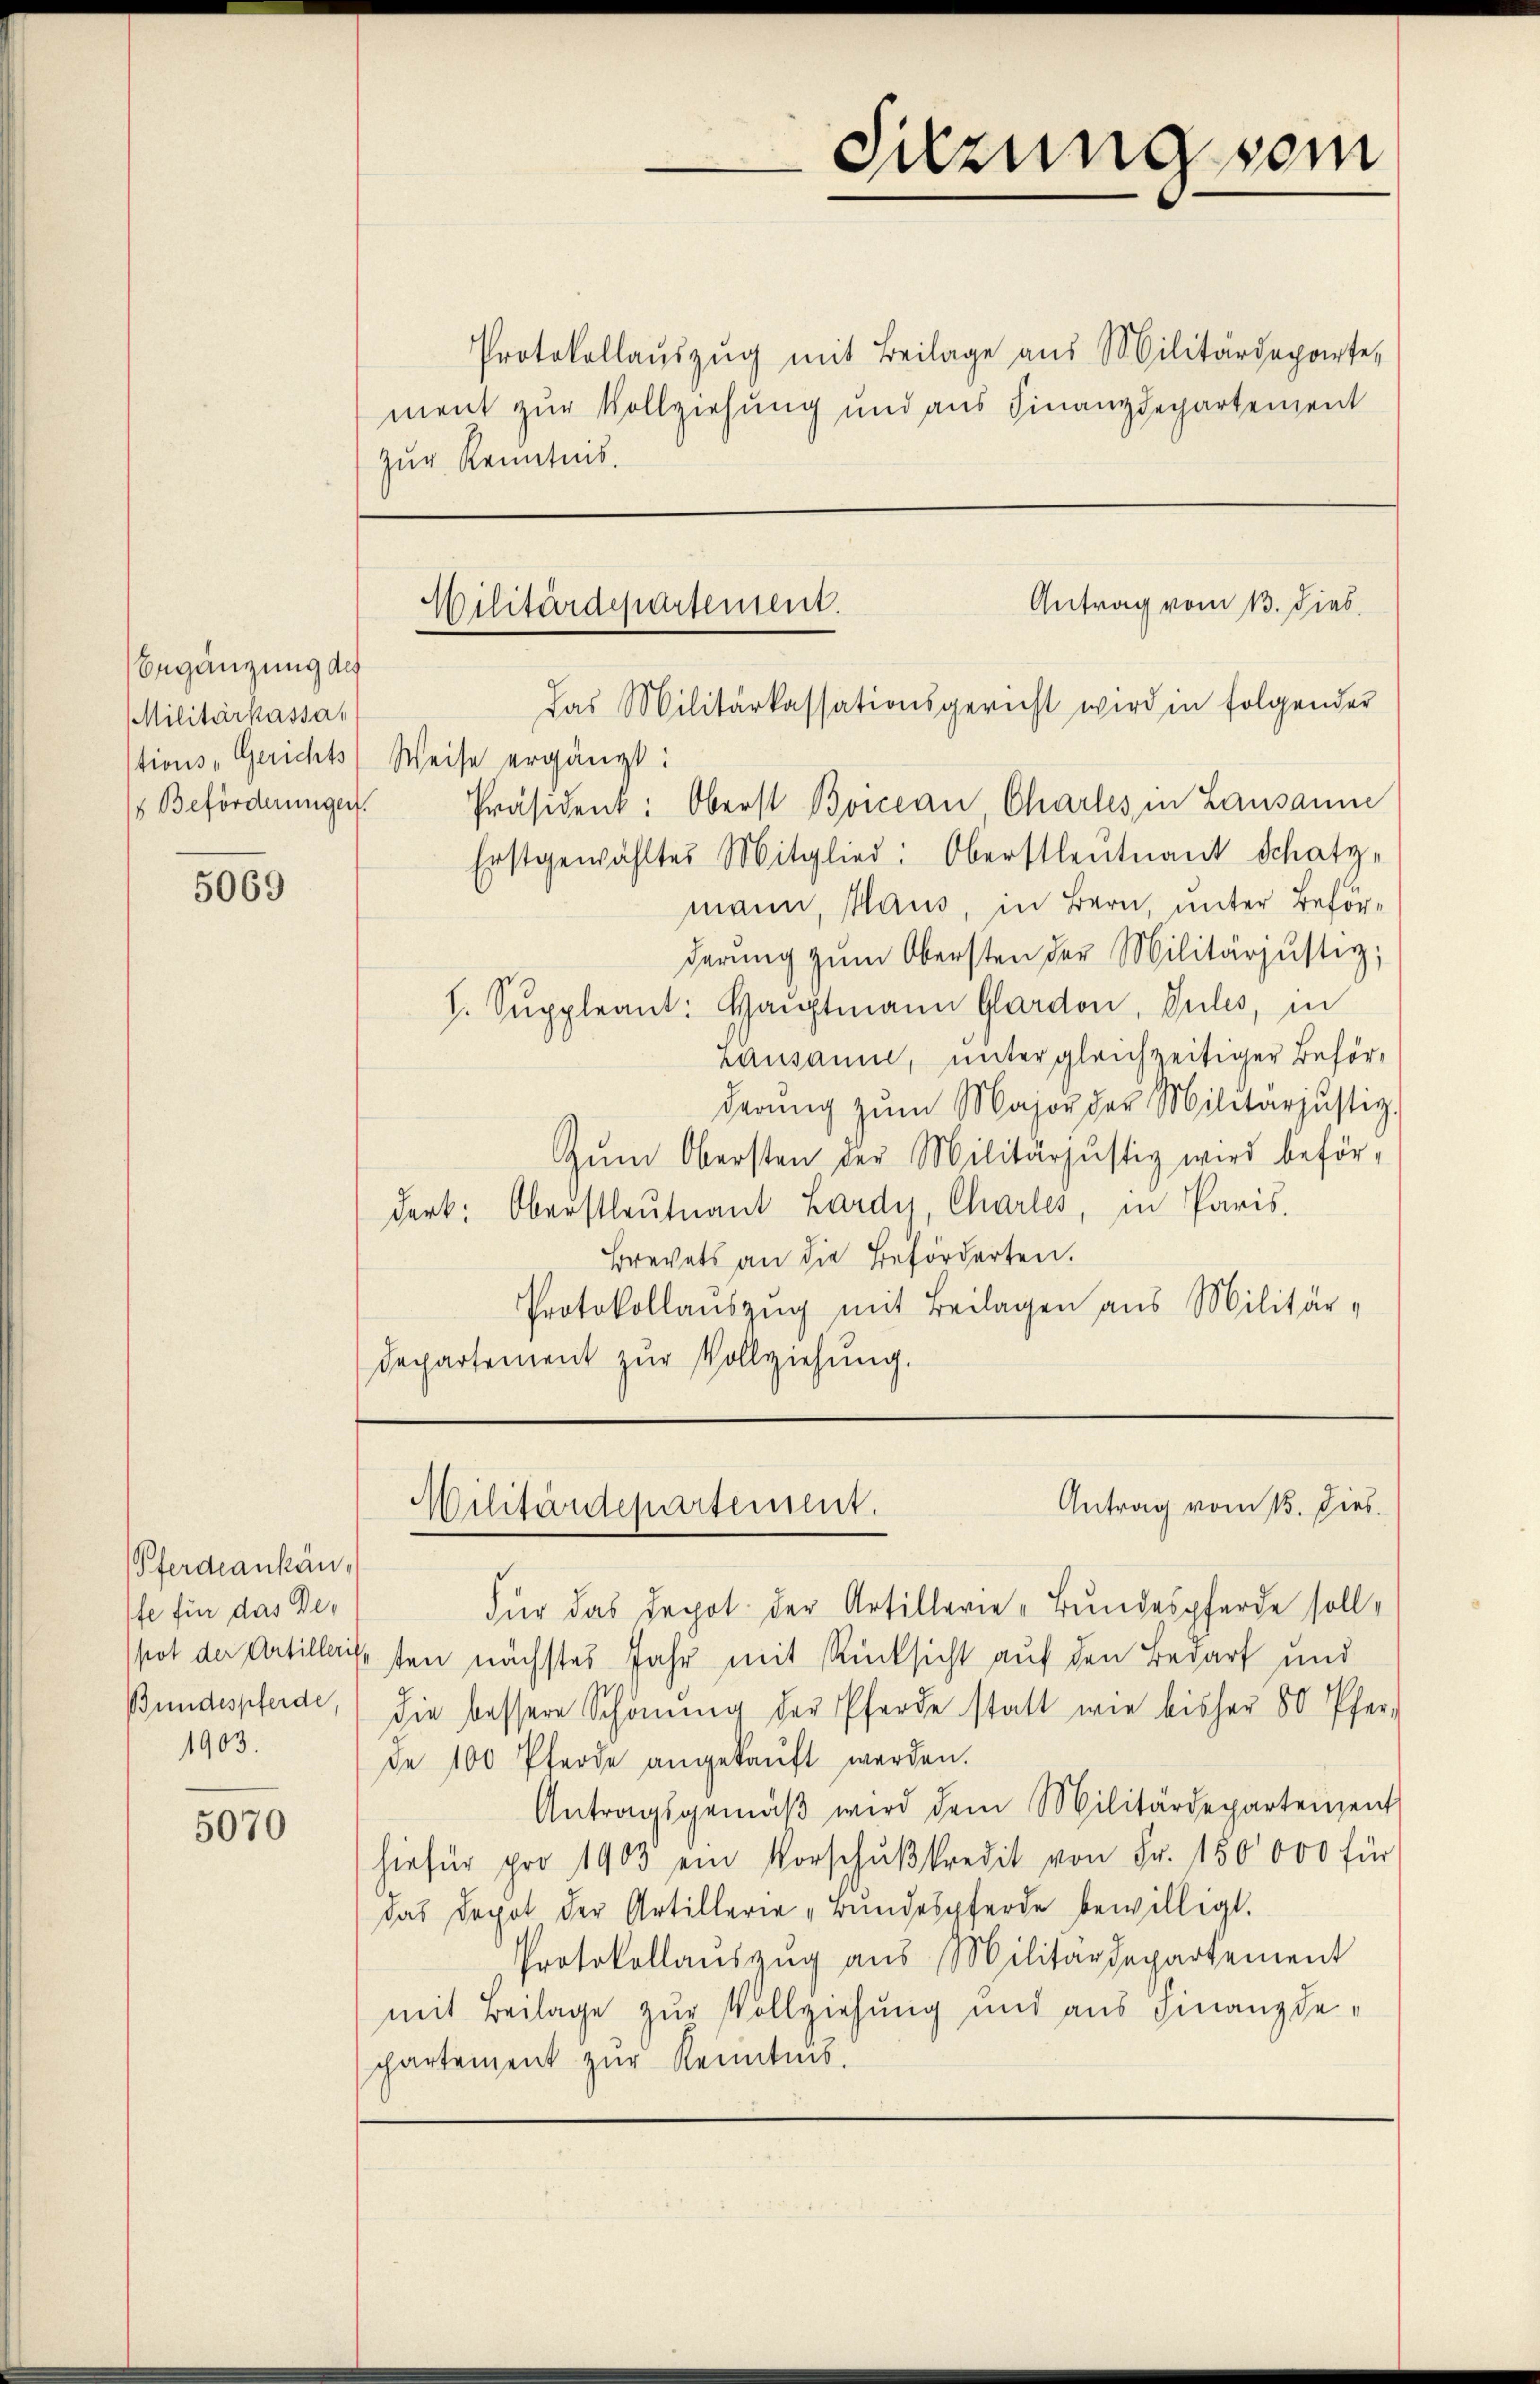
Begänzung des
Militärkassa,
 Beförderungen.

5069

ferdanken,
fe für das Depot der Artillerit,
Bundespferde,
1903.

5070

Protokollaŭszŭg mit Beilage aus Militärdeparte
ment zur Vollziehung und aus Finanzdepartement
zur Kenntnis.

Antrag vom 13. Dieb
Militärdepartement.
Das Militärkassationsgericht wird in folgender

stions-Gerichts Weise ergänzt:
Präsident: Oberst Boncean Chartes in Lausanne
Erstgewähltes Mitglied: Oberstleutnant Schatz-
mann, Haus, in Bern, unter Beforderŭng zŭm Obersten der Militärjustiz;
h. Suppleant: Hauptmann Gardon, Pules, in
rausanne, untergleichzeitiger Beförderŭng zŭm Major der Militarjustiz-
Zŭm Obersten der Militarjustiz wird beförderk: Oberstleutnant Lardy, Charles, in Paris.
Brevets an die Beförderten.
Protokollaŭszŭg mit Beilagen aus Militär-
Departement zur Vollziehung.

Sitzung sein

Antrag vom 13. Dies
Militärdepartement.

Für das Depot der Artillerie-Bundespferde sollten nächstes Jahr mit Rücksicht auf den Bedarf und
die bessere Schönŭng der Pferde statt wie bisher 50 Pferde 100 Pferde angekaŭft werden.
Antragsgemäβ wird dem Militärdepartement
hiefür pro 1903 ein Vorschŭβkredit von Fr. 150,000 für
das Depot der Artillerie „Bundespferde bewilligt.
Protokollauszug aus Militärdepartement
mit Beilage zur Vollziehung und aus Finanzdepartement zur Kenntnis.